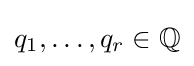
q_{1},\dots ,q_{r}\in \mathbb {Q}